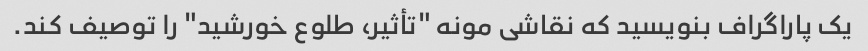
یک پاراگراف بنویسید که نقاشی مونه "تأثیر، طلوع خورشید" را توصیف کند.